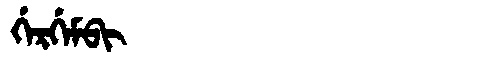
Manchu: ᡤᡝᡵᡤᡝᠮᠪᡳ
Romanization: GERGEMBI